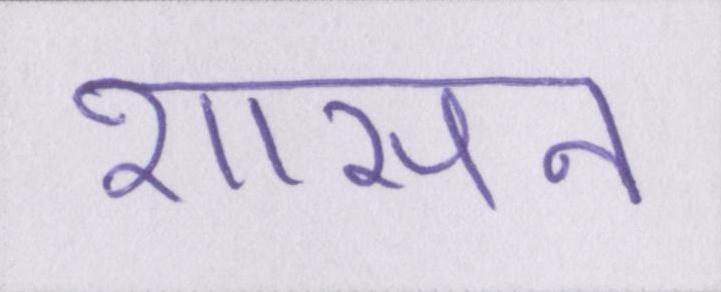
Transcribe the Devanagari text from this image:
शासन